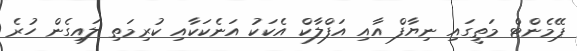
ޕޭމެންޓް މަތީގައި ނިޔާފް އާއި އަފްލާކް އެކަކު އަނެކަކާއި ކުރިމަތި ލައިގެން ހުރެ